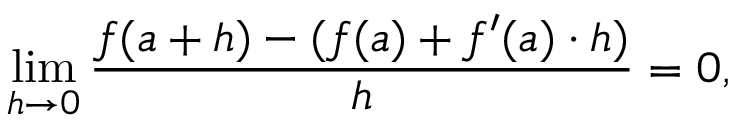
\operatorname* { l i m } _ { h \to 0 } { \frac { f ( a + h ) - ( f ( a ) + f ^ { \prime } ( a ) \cdot h ) } { h } } = 0 ,